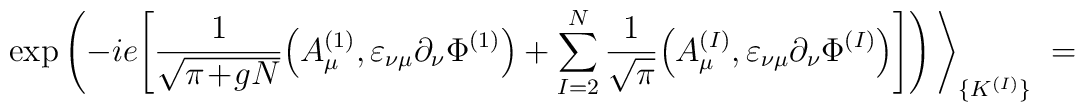
\exp \left( - i e \Bigg[ \frac{1}{\sqrt{\pi\!+\!gN}}\Big( A^{(1)}_\mu, \varepsilon_{\nu \mu} \partial_\nu \Phi^{(1)} \Big)  +\sum_{I=2}^N \frac{1}{\sqrt{\pi}}\Big( A^{(I)}_\mu, \varepsilon_{\nu \mu} \partial_\nu \Phi^{(I)} \Big) \Bigg]\right) \Bigg\rangle_{\{K^{(I)}\}} \; =